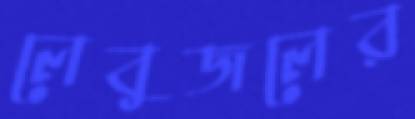
লেবুজলের